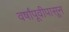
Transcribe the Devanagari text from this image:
वर्षांपूवीपासून